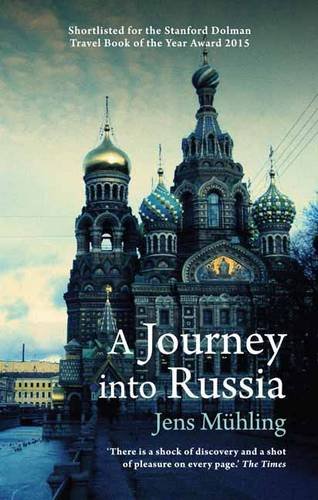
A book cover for A Journey into Russia; Jens Muhling; Travel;